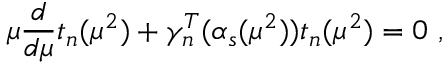
\mu \frac { d } { d \mu } t _ { n } ( \mu ^ { 2 } ) + \gamma _ { n } ^ { T } ( \alpha _ { s } ( \mu ^ { 2 } ) ) t _ { n } ( \mu ^ { 2 } ) = 0 \ ,